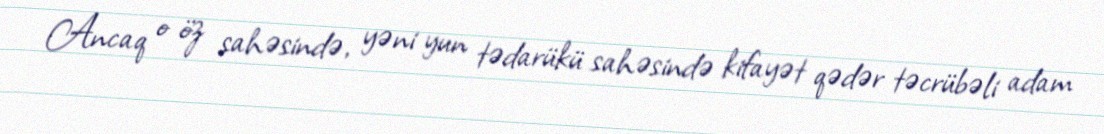
Ancaq o öz sahəsində, yəni yun tədarükü sahəsində kifayət qədər təcrübəli adam